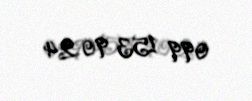
099 153 90 24